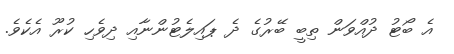
އެ ބޯޓު ދުއްވަން ތިބީ ބޭރުގެ ދެ ޕައިލެޓުންނާއި ދިވެހި ކުރޫ އެކެވެ.